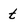
Character: t